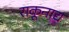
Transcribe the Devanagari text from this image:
राकूनाद्य